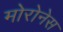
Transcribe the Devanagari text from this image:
मोरोनेस